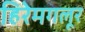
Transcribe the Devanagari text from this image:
हिरेमगलूर